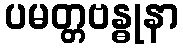
ပမတ္တဗန္ဓုနာ